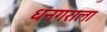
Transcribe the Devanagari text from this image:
धनगराला